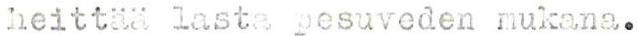
heittää lasta pesuveden mukana.